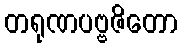
တရုဏပဗ္ဗဇိတော